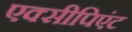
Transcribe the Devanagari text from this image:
एक्सीपिएंट